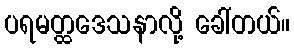
ပရမတ္ထဒေသနာလို့ ခေါ်တယ်။